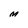
Character: M